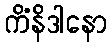
ကိံနိဒါနော